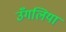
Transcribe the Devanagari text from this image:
उँगलियां